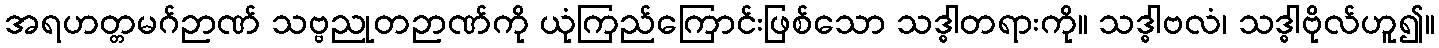
အရဟတ္တမဂ်ဉာဏ် သဗ္ဗညုတဉာဏ်ကို ယုံကြည်ကြောင်းဖြစ်သော သဒ္ဓါတရားကို။ သဒ္ဓါဗလံ၊ သဒ္ဓါဗိုလ်ဟူ၍။